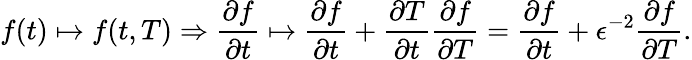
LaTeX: f(t)\mapsto f(t,T)\Rightarrow\frac{\partial f}{\partial t}\mapsto\frac{\partial f}{\partial t}+\frac{\partial T}{\partial t}\frac{\partial f}{\partial T}=\frac{\partial f}{\partial t}+\epsilon^{-2}\frac{\partial f}{\partial T}.